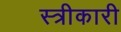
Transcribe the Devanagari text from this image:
स्त्रीकारी